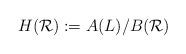
LaTeX: \begin{align*}H(\mathcal{R}):=A(L)/B(\mathcal{R})\end{align*}